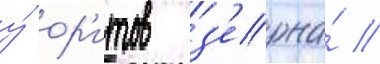
у́ ор'итов з'ерна́ //